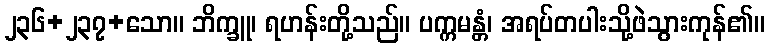
၂၃၆+၂၃၇+သော။ ဘိက္ခူ၊ ရဟန်းတို့သည်။ ပက္ကမန္တံ၊ အရပ်တပါးသို့ဖဲသွားကုန်၏။